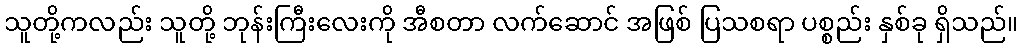
သူတို့ကလည်း သူတို့ ဘုန်းကြီးလေးကို အီစတာ လက်ဆောင် အဖြစ် ပြသစရာ ပစ္စည်း နှစ်ခု ရှိသည်။